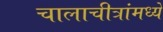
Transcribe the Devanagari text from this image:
चालाचीत्रांमध्ये